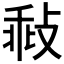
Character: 㪓